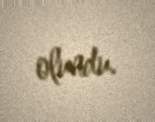
olundu.